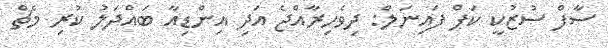
ސާފް ސުޒުކީ ކަޕް ފައިނަލް: ދިވެހިރާއްޖެ އަދި އިންޑިއާ ބައްދަލު ކުރި މެޗް